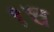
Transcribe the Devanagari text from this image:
१च